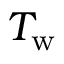
T _ { \mathrm { w } }